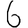
Digit: 6